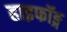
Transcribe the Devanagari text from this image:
हाइफॉङ्ग